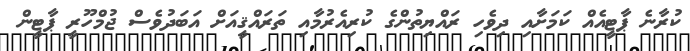
ކުރާނެ ޕާޓީއެއް ކަމަށާއި ދިވެހި ރައްޔިތުންގެ ކުރިއެރުމާއި ތަރައްޤީއަށް އަބަދުވެސް ޖުމްހޫރީ ޕާޓީން